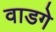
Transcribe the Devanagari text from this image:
वाडगे